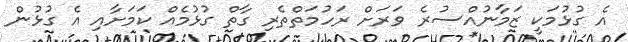
އެ ގުޅުމަކީ ޒަމާނުއްސުރެ ވަރަށް ރަހުމަތްތެރި ގާތް ގުޅުމެއް ކަމަށާއި އެ ގުޅުން